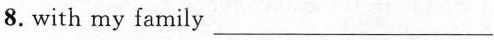
8.with my family ___